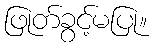
ဖြုတ်ခွင့်မပြု။